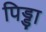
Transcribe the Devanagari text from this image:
पिड्डा